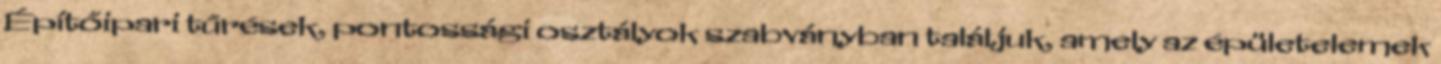
Építőipari tűrések, pontossági osztályok szabványban találjuk, amely az épületelemek